Civil Veterinary Department Bihar reports 1936-40 - 1936-1940
Year: 1936
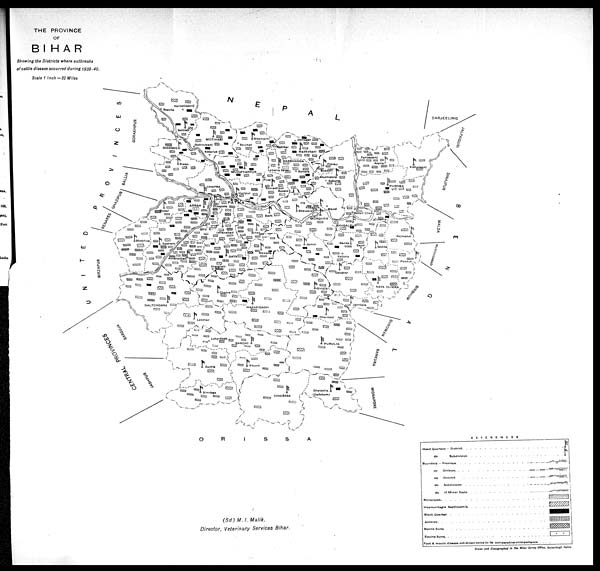
THE PROVINCE
OF
BIHAR
Showing the Districts where outbreaks
of cattle disease occurred during 1939-40.
Scale 1 Inch =32 Miles
(Sd) M. 1. Malik.
Director, Veterinary Services Bihar.